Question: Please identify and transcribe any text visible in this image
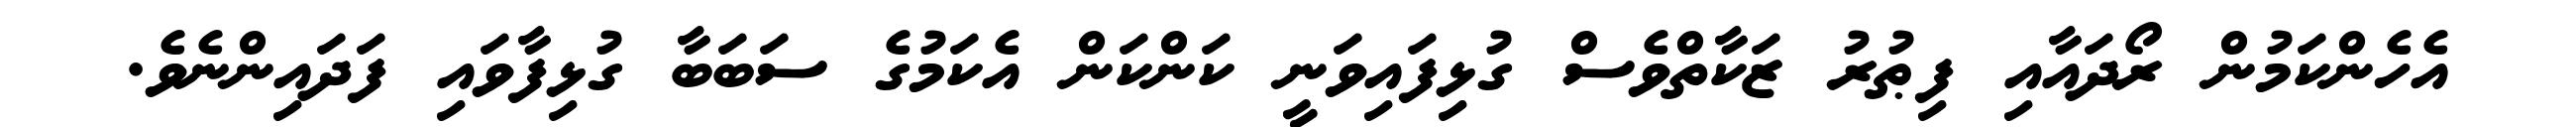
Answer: އެހެންކަމުން ރޯދައާއި ފިޠުރު ޒަކާތްވެސް ގުޅިފައިވަނީ ކަންކަން އެކަމުގެ ސަބަބާ ގުޅިފާވައި ފަދައިންނެވެ.